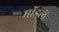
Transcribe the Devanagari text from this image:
मॉडलें